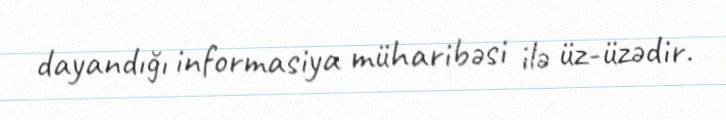
dayandığı informasiya müharibəsi ilə üz-üzədir.